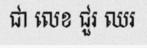
ជា លេខ ជួរ ឈរ